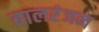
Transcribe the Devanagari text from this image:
बालरंजन